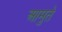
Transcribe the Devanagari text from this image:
आमुते